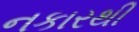
નકારથી